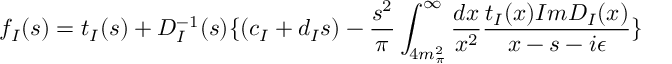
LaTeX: f _ { I } ( s ) = t _ { I } ( s ) + D _ { I } ^ { - 1 } ( s ) \{ ( c _ { I } + d _ { I } s ) - \frac { s ^ { 2 } } { \pi } \int _ { 4 m _ { \pi } ^ { 2 } } ^ { \infty } \frac { d x } { x ^ { 2 } } \frac { t _ { I } ( x ) I m D _ { I } ( x ) } { x - s - i \epsilon } \}